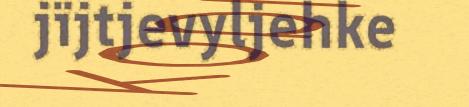
jïjtjevyljehke